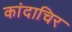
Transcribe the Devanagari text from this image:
कांदाचिर